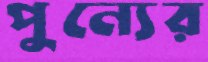
পুন্যের